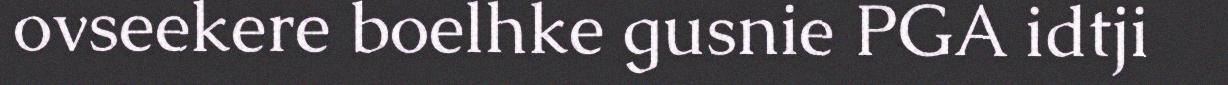
ovseekere boelhke gusnie PGA idtji